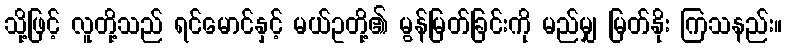
သို့ဖြင့် လူတို့သည် ရင်မောင်နှင့် မယ်ဥတို့၏ မွန်မြတ်ခြင်းကို မည်မျှ မြတ်နိုး ကြသနည်း။